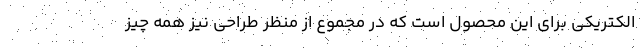
الکتریکی برای این محصول است که در مجموع از منظر طراحی نیز همه چیز